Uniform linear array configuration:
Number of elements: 8
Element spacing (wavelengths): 0.25
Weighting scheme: uniform
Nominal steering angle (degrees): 15
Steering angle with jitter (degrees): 16.697
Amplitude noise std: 0.05
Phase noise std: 0.05

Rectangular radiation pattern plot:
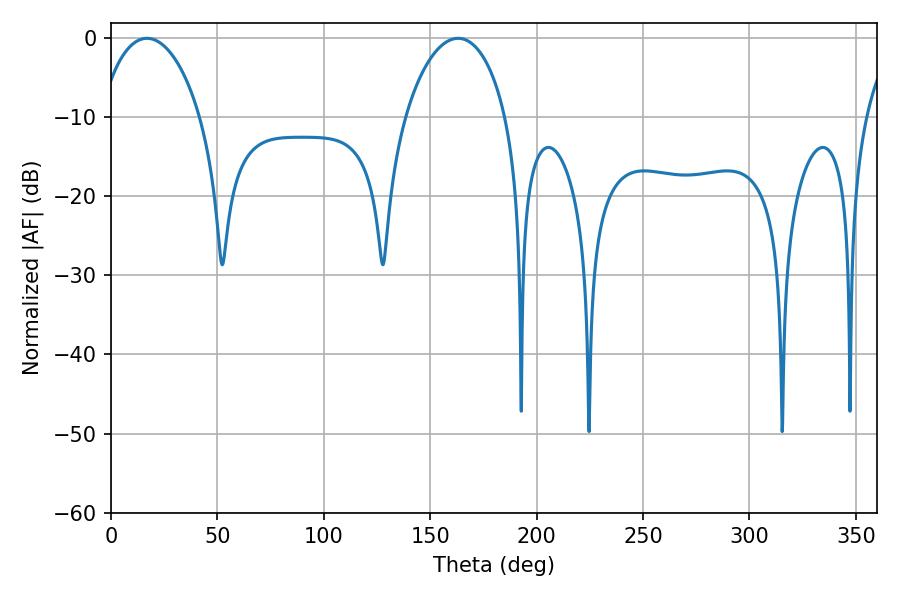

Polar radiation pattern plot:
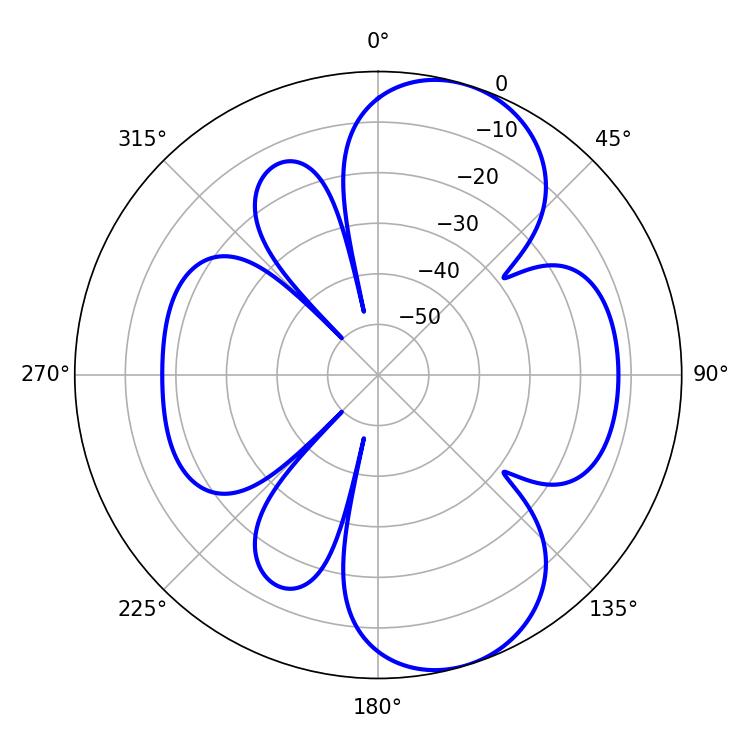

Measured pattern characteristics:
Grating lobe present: FALSE
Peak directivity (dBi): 8.102
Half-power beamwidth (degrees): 27.18
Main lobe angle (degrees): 16.92